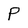
Character: P